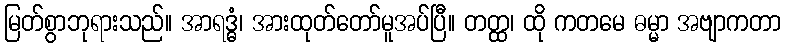
မြတ်စွာဘုရားသည်။ အာရဒ္ဓံ၊ အားထုတ်တော်မူအပ်ပြီ။ တတ္ထ၊ ထို ကတမေ ဓမ္မာ အဗျာကတာ